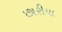
છારીયા